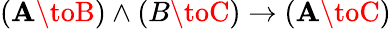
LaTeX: (\mathbf{A}\toB)\land(B\toC)\to(\mathbf{A}\toC)